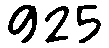
925